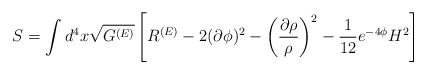
\begin{align*}S=\int d^4x\sqrt{G^{(E)}}\left[ R^{(E)}-2(\partial \phi)^2 -\left(\frac{\partial\rho}{\rho}\right)^2 -\frac{1}{12}e^{-4 \phi}H^2\right]\end{align*}